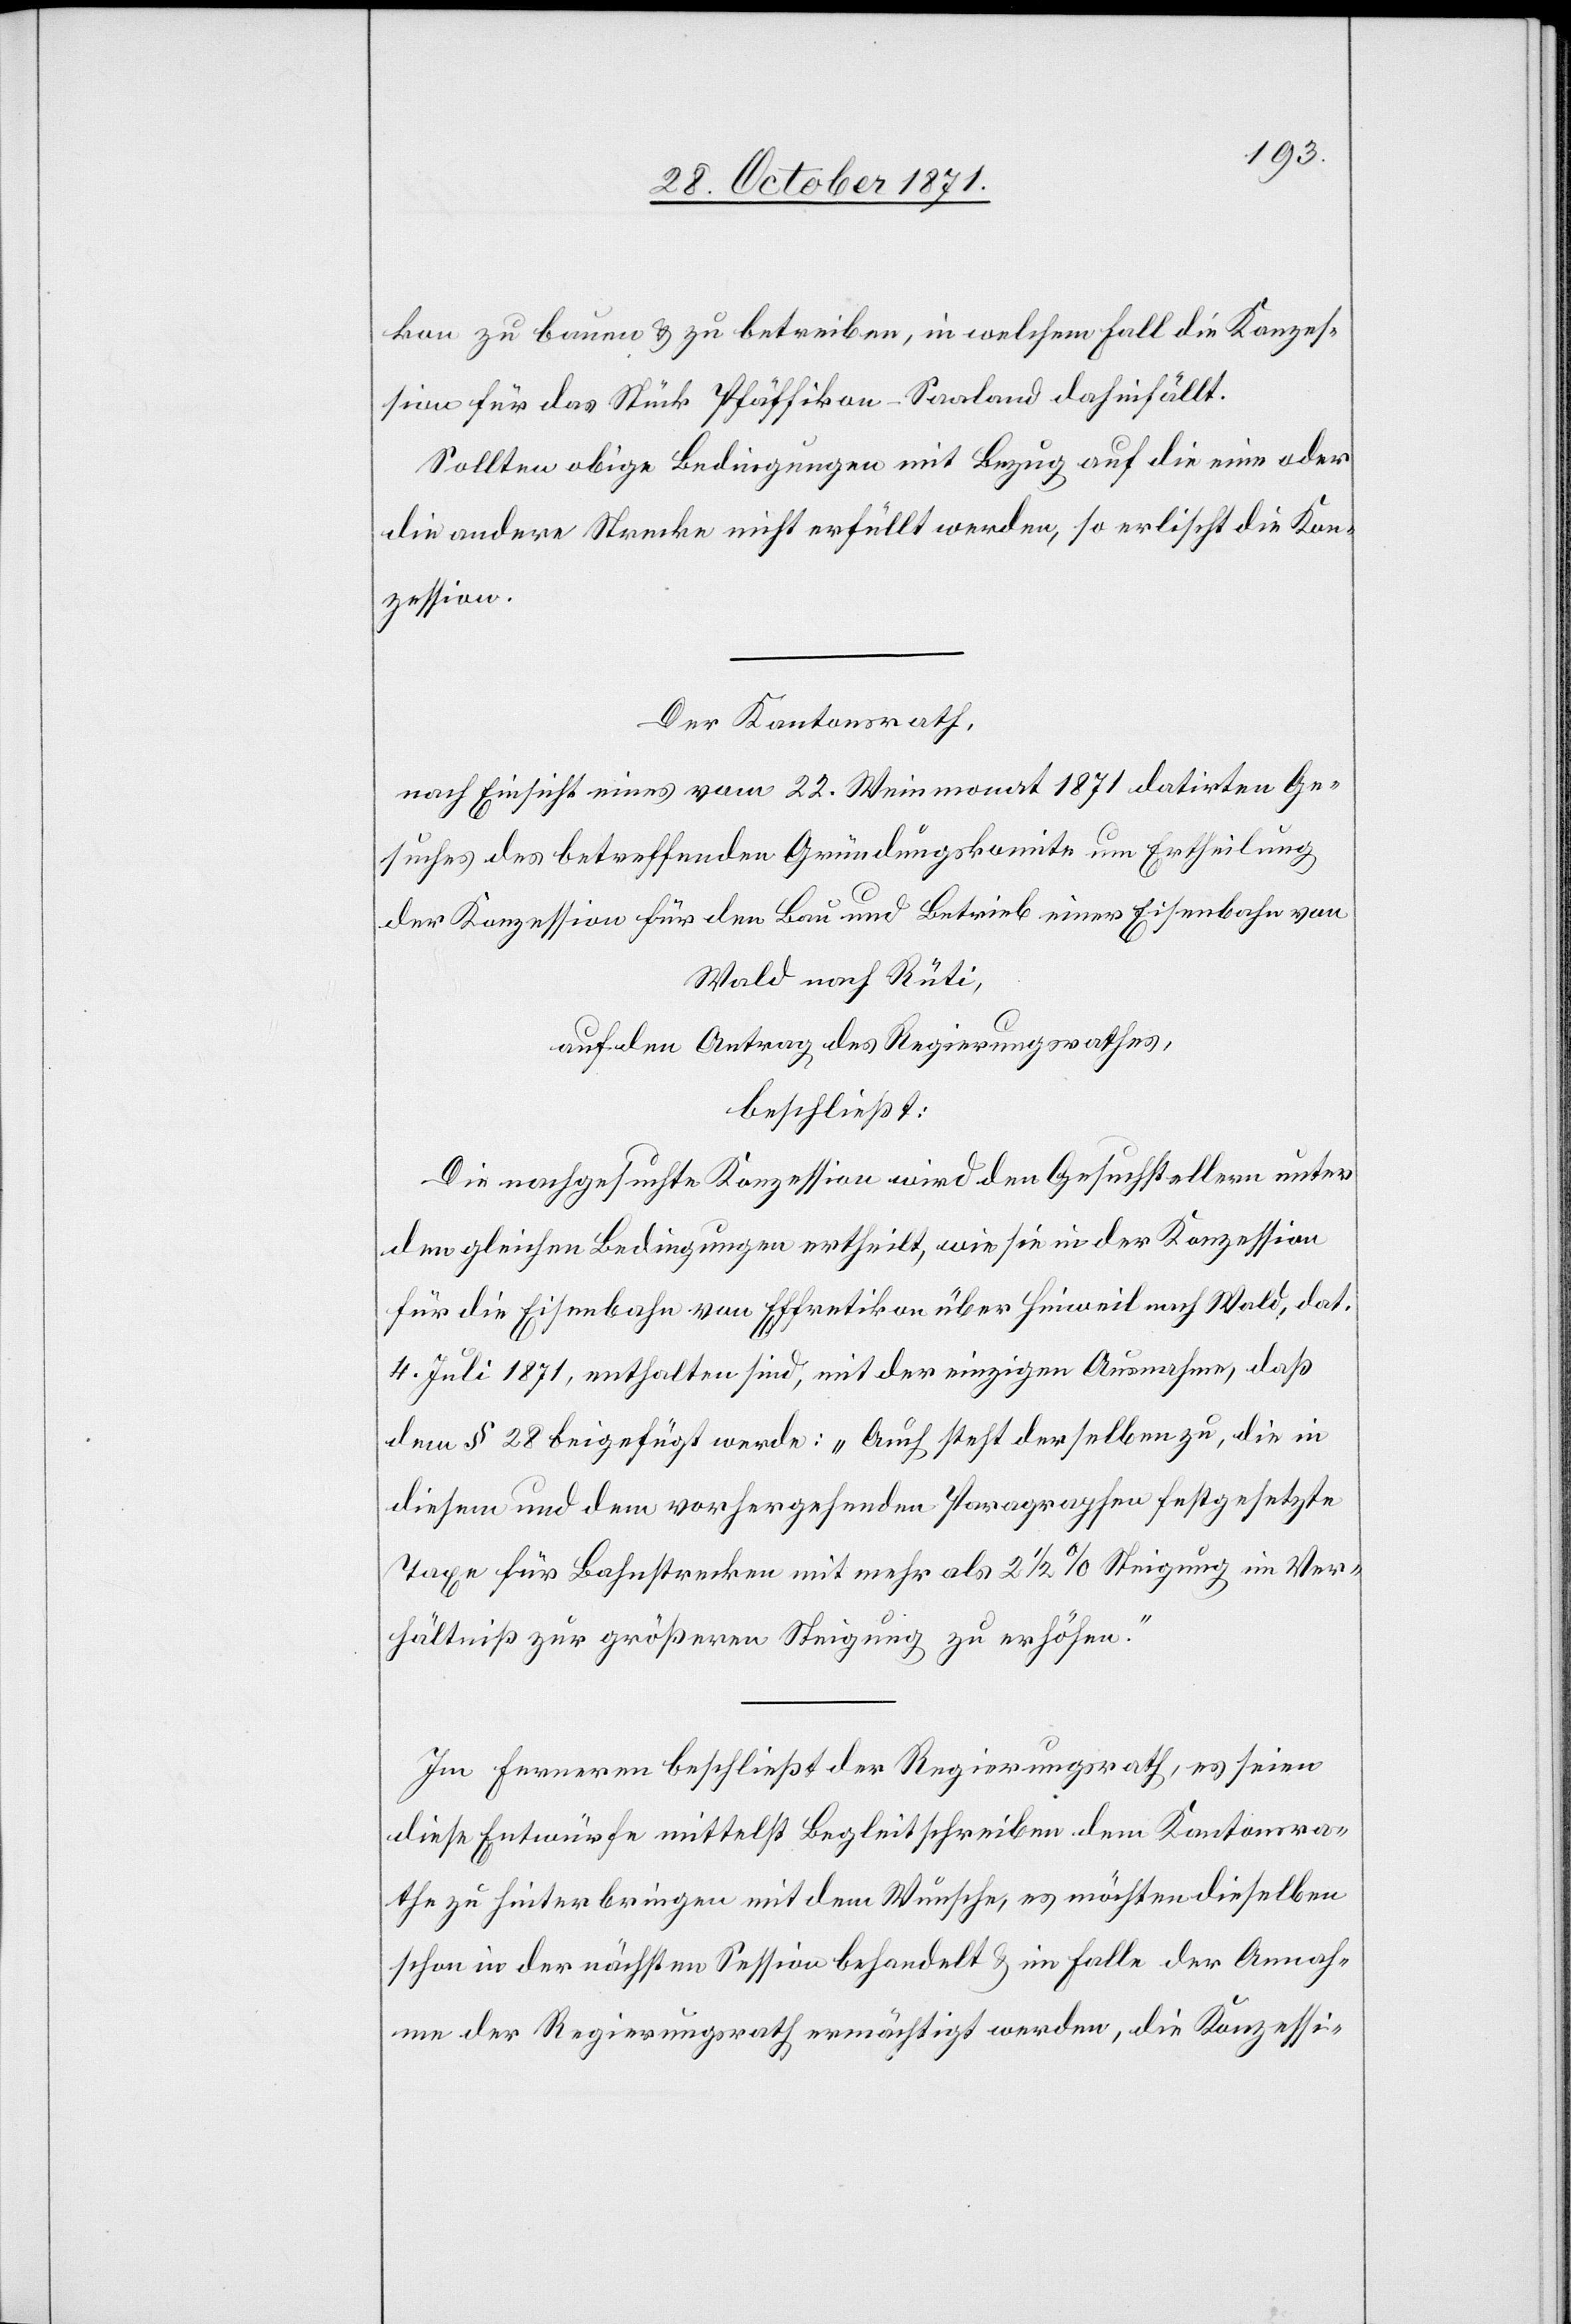
kon zu bauen & zu betreiben, in welchem Fall die Konzes¬
sion für das Stück Pfäffikon–Saaland dahinfällt.
Sollten obige Bedingungen mit Bezug auf die eine oder
die andere Strecke nicht erfüllt werden, so erlischt die Kon¬
zession.
Der Kantonsrath,
nach Einsicht eines vom 22. Weinmonat 1871 datirten Ge¬
suches des betreffenden Gründungskomite um Ertheilung
der Konzession für den Bau und Betrieb einer Eisenbahn von
Wald nach Rüti,
auf den Antrag des Regierungsrathes,
beschließt:
Die nachgesuchte Konzession wird den Gesuchstellern unter
den gleichen Bedingungen ertheilt, wie sie in der Konzession
für die Eisenbahn von Effretikon über Hinweil nach Wald, dat.
4. Juli 1871, enthalten sind, mit der einzigen Ausnahme, daß
dem § 28 beigefügt werde: „Auch steht derselben zu, die in
diesem und dem vorhergehenden Paragraphen festgesetzte
Taxe für Bahnstrecken mit mehr als 2 1/2 % Steigung im Ver¬
hältniß zur größeren Steigung zu erhöhen.“
Im ferneren beschließt der Regierungsrath, es seien
diese Entwürfe mittelst Begleitschreiben dem Kantonsra¬
the zu hinterbringen mit dem Wunsche, es möchten dieselben
schon in der nächsten Session behandelt & im Falle der Annah¬
me der Regierungsrath ermächtigt werden, die Konzessi-